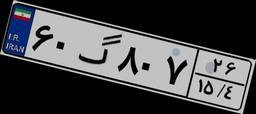
۶۰گ۸۰۷۲۶